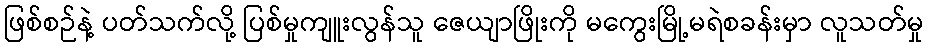
ဖြစ်စဉ်နဲ့ ပတ်သက်လို့ ပြစ်မှုကျူးလွန်သူ ဇေယျာဖြိုးကို မကွေးမြို့မရဲစခန်းမှာ လူသတ်မှု